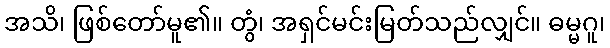
အသိ၊ ဖြစ်တော်မူ၏။ တွံ၊ အရှင်မင်းမြတ်သည်လျှင်။ ဓမ္မဂူ၊